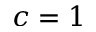
c = 1